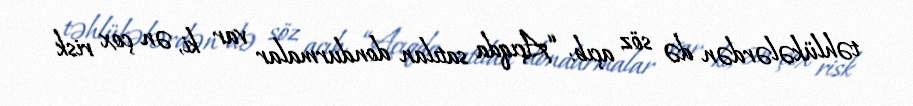
təhlükələrdən də söz açıb: “Açıqda satılan dondurmalar var ki, ən çox risk